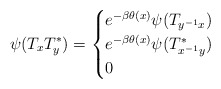
\begin{align*} \psi(T_xT_y^*) = \begin{cases} e^{-\beta \theta(x)}\psi(T_{y^{-1}x}) & \\ e^{-\beta \theta(x)}\psi(T_{x^{-1}y}^*) & \\ 0 & \end{cases}\end{align*}